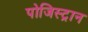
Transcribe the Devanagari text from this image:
पोजिस्ट्रान